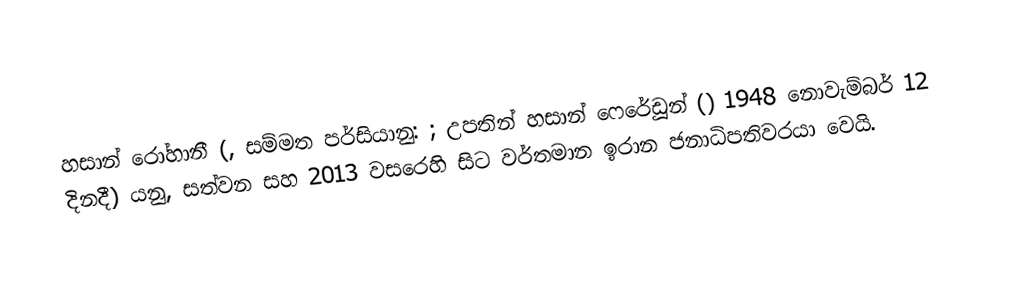
හසාන් රෝහානී (,  සම්මත පර්සියානු: ; උපතින් හසාන් ෆෙරේඩූන් () 1948 නොවැම්බර් 12 දිනදී) යනු,  සත්වන සහ 2013 වසරෙහි සිට වර්තමාන  ඉරාන ජනාධිපතිවරයා වෙයි.